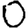
Digit: 0